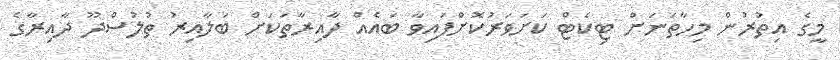
މީގެ އިތުރުން މިހާތަނަށް ޓިކެޓް ކަށަވަރުކޮށްފައިވާ ބައެއް ދާއިރާތަކަށް ބަލާއިރު ތުލުސްދޫ ދާއިރާގެ